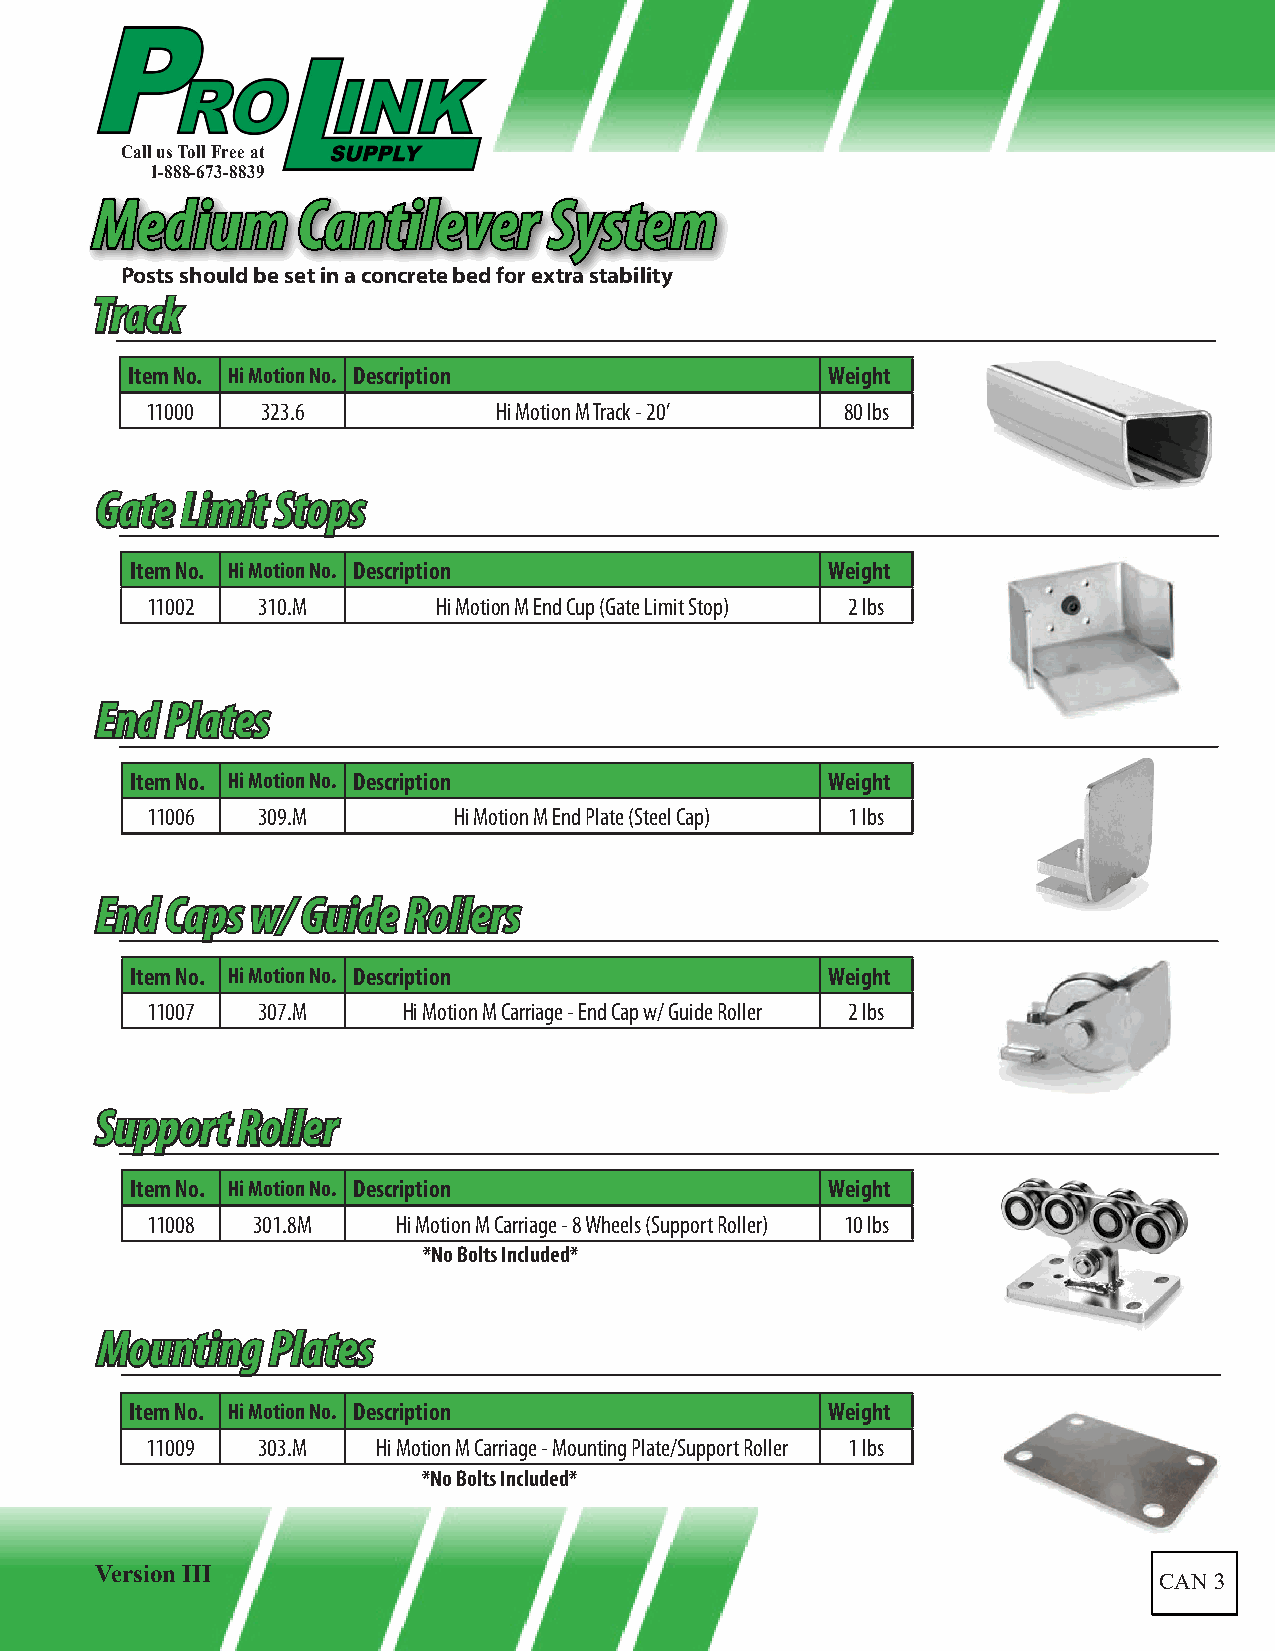
Call us Toll Free at
 1-888-673-8839
 MMeeddiiuumm  CCaannttiilleevveerr SSyysstteemm
 Posts should be set in a concrete bed for extra stability
 TTrraacckk
 Item No. Hi Motion No. Description             Weight
 11000  323.6           Hi Motion M Track - 20’ 80 lbs
 GGaattee LLiimmiitt SSttooppss
 Item No. Hi Motion No. Description            Weight
 11002  310.M       Hi Motion M End Cup (Gate Limit Stop) 2 lbs
 EEnndd PPllaatteess
 Item No. Hi Motion No. Description            Weight
 11006  309.M        Hi Motion M End Plate (Steel Cap) 1 lbs
 EEnndd CCaappss ww// GGuuiiddee RRoolllleerrss
 Item No. Hi Motion No. Description            Weight
 11007  307.M     Hi Motion M Carriage - End Cap w/ Guide Roller 2 lbs
 SSuuppppoorrtt RRoolllleerr
 Item No. Hi Motion No. Description            Weight
 11008  301.8M   Hi Motion M Carriage - 8 Wheels (Support Roller) 10 lbs
 *No Bolts Included*
 MMoouunnttiinngg PPllaatteess
 Item No. Hi Motion No. Description            Weight
 11009  303.M   Hi Motion M Carriage - Mounting Plate/Support Roller 1 lbs
 *No Bolts Included*
 Version III
 CAN 3